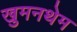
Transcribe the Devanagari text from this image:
खुमनथेम